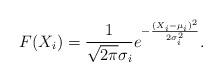
LaTeX: \begin{align*} F(X_i) = \frac{1}{\sqrt{2\pi} \sigma_i}e^{ -\frac{(X_i- \mu_i)^2}{2 \sigma_i^2}}.\end{align*}